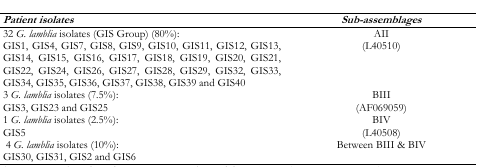
<table><thead><tr><td><b><i>Patient isolates</i></b></td><td><b><i>Sub-assemblages</i></b></td></tr></thead><tbody><tr><td>32 <i>G. lamblia</i> isolates (GIS Group) (80%):</td><td rowspan="2">AII (L40510)</td></tr><tr><td>GIS1, GIS4, GIS7, GIS8, GIS9, GIS10, GIS11, GIS12, GIS13, GIS14, GIS15, GIS16, GIS17, GIS18, GIS19, GIS20, GIS21, GIS22, GIS24, GIS26, GIS27, GIS28, GIS29, GIS32, GIS33, GIS34, GIS35, GIS36, GIS37, GIS38, GIS39 and GIS40</td></tr><tr><td>3 <i>G. lamblia</i> isolates (7.5%):</td><td rowspan="2">BIII (AF069059)</td></tr><tr><td>GIS3, GIS23 and GIS25</td></tr><tr><td>1 <i>G. lamblia</i> isolates (2.5%):</td><td rowspan="2">BIV (L40508)</td></tr><tr><td>GIS5</td></tr><tr><td>4 <i>G. lamblia</i> isolates (10%):</td><td rowspan="2">Between BIII &amp; BIV</td></tr><tr><td>GIS30, GIS31, GIS2 and GIS6</td></tr></tbody></table>